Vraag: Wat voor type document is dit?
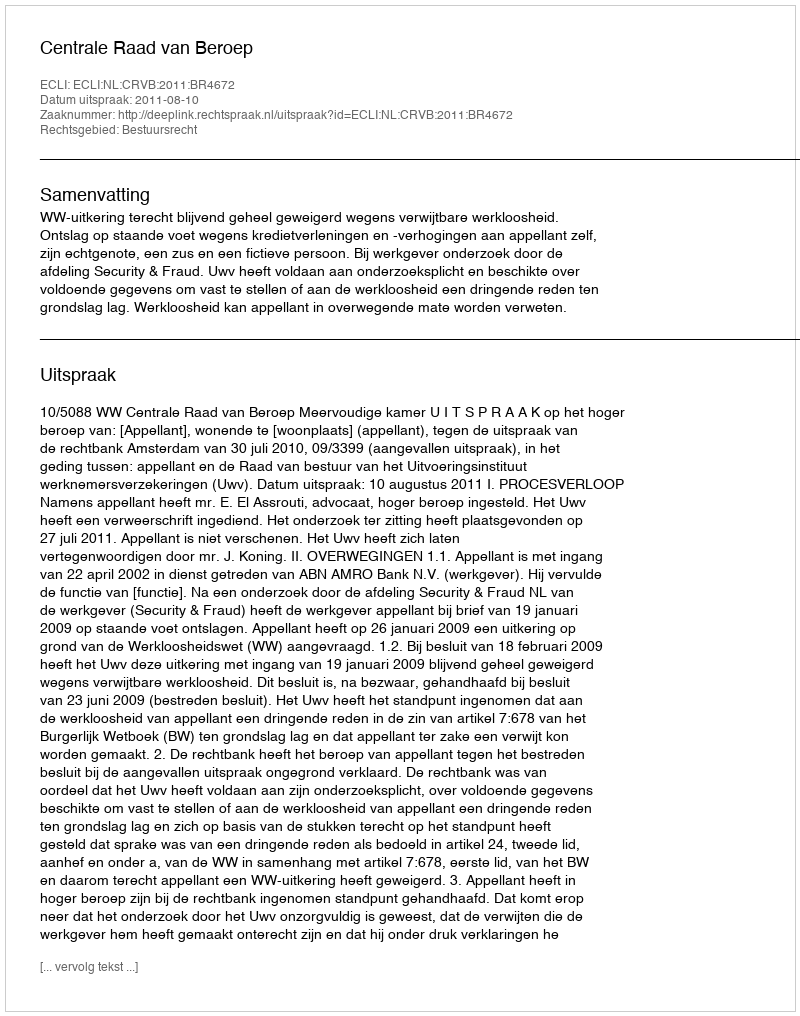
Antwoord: Uitspraak